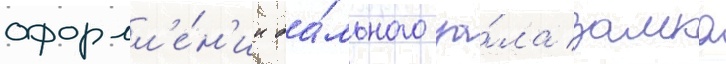
оформл'е́н'ии ба́льного за́ла замка